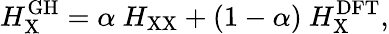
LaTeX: H_{\mathrm{X}}^{\mathrm{GH}}=\alpha\ H_{\mathrm{XX}}+(1-\alpha)\ H_{\mathrm{X}}^{\mathrm{DFT}},